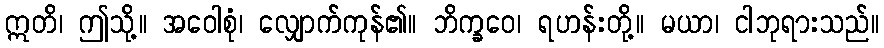
ဣတိ၊ ဤသို့။ အဝေါစုံ၊ လျှောက်ကုန်၏။ ဘိက္ခဝေ၊ ရဟန်းတို့။ မယာ၊ ငါဘုရားသည်။